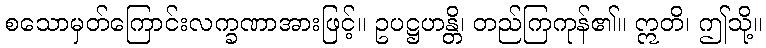
စသောမှတ်ကြောင်းလက္ခဏာအားဖြင့်။ ဥပဋ္ဌဟန္တိ၊ တည်ကြကုန်၏။ ဣတိ၊ ဤသို့။